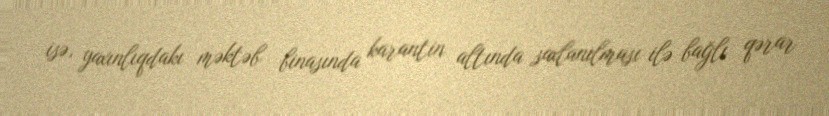
isə, yaxınlıqdakı məktəb binasında karantin altında saxlanılması ilə bağlı qərar